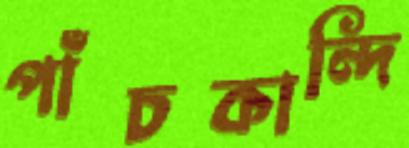
পাঁচকান্দি